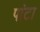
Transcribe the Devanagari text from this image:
पांटा